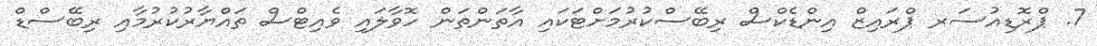
7. ޕްރޮޑިއުސަރ ޕްރައިޒް އިންޑެކްސް ރިބޭސްކުރުމަށްޓަކައި އާތަންތަން ހޮވާލައި ވެއިޓްސް ތައްޔާރުކުރުމާއި ރިބޭސްޑް